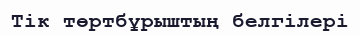
Тік төртбұрыштың белгілері